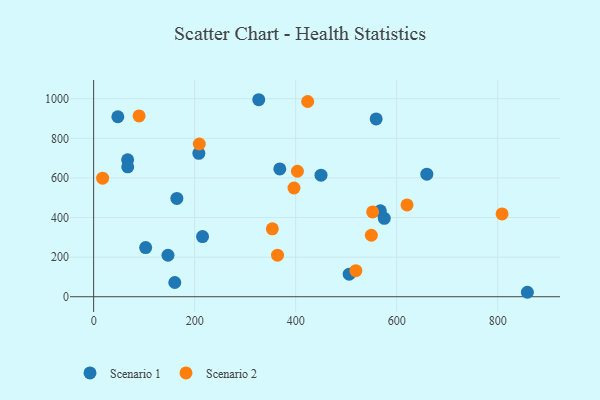
{"axis": {"x": "Experience", "y": "Profit"}, "legend": ["Scenario 1", "Scenario 2"], "data": [{"x": "506.0", "y": 113.8, "type": "Scenario 1"}, {"x": "858.8", "y": 22.5, "type": "Scenario 1"}, {"x": "326.9", "y": 994.8, "type": "Scenario 1"}, {"x": "368.6", "y": 645.2, "type": "Scenario 1"}, {"x": "567.7", "y": 434.1, "type": "Scenario 1"}, {"x": "659.7", "y": 618.8, "type": "Scenario 1"}, {"x": "147.2", "y": 209.4, "type": "Scenario 1"}, {"x": "575.5", "y": 395.7, "type": "Scenario 1"}, {"x": "215.6", "y": 303.7, "type": "Scenario 1"}, {"x": "160.7", "y": 71.8, "type": "Scenario 1"}, {"x": "559.4", "y": 897.6, "type": "Scenario 1"}, {"x": "67.3", "y": 691.3, "type": "Scenario 1"}, {"x": "208.3", "y": 724.0, "type": "Scenario 1"}, {"x": "450.2", "y": 613.7, "type": "Scenario 1"}, {"x": "47.9", "y": 908.8, "type": "Scenario 1"}, {"x": "164.8", "y": 496.2, "type": "Scenario 1"}, {"x": "103.0", "y": 248.4, "type": "Scenario 1"}, {"x": "67.5", "y": 655.8, "type": "Scenario 1"}, {"x": "808.7", "y": 417.9, "type": "Scenario 2"}, {"x": "620.5", "y": 463.8, "type": "Scenario 2"}, {"x": "549.9", "y": 310.5, "type": "Scenario 2"}, {"x": "403.5", "y": 633.7, "type": "Scenario 2"}, {"x": "552.4", "y": 428.2, "type": "Scenario 2"}, {"x": "353.8", "y": 342.8, "type": "Scenario 2"}, {"x": "519.2", "y": 131.8, "type": "Scenario 2"}, {"x": "90.0", "y": 912.8, "type": "Scenario 2"}, {"x": "423.8", "y": 985.9, "type": "Scenario 2"}, {"x": "209.2", "y": 771.2, "type": "Scenario 2"}, {"x": "17.8", "y": 598.9, "type": "Scenario 2"}, {"x": "364.1", "y": 209.7, "type": "Scenario 2"}, {"x": "396.7", "y": 549.1, "type": "Scenario 2"}]}